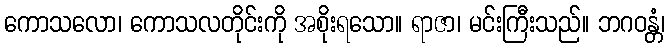
ကောသလော၊ ကောသလတိုင်းကို အစိုးရသော။ ရာဇာ၊ မင်းကြီးသည်။ ဘဂဝန္တံ၊